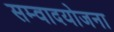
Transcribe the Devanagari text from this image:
सम्वादयोजना